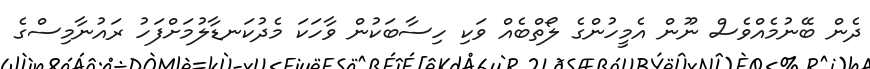
ދެން ބޭނުމެއްވެސް ނޫން އެމީހުންގެ ލޯތްބެއް ވަކި ހިސާބަކުން ވާހަކަ މެދުކަނޑާލުމަށްފަހު ރައުނާމިސްގެ